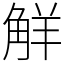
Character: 觧